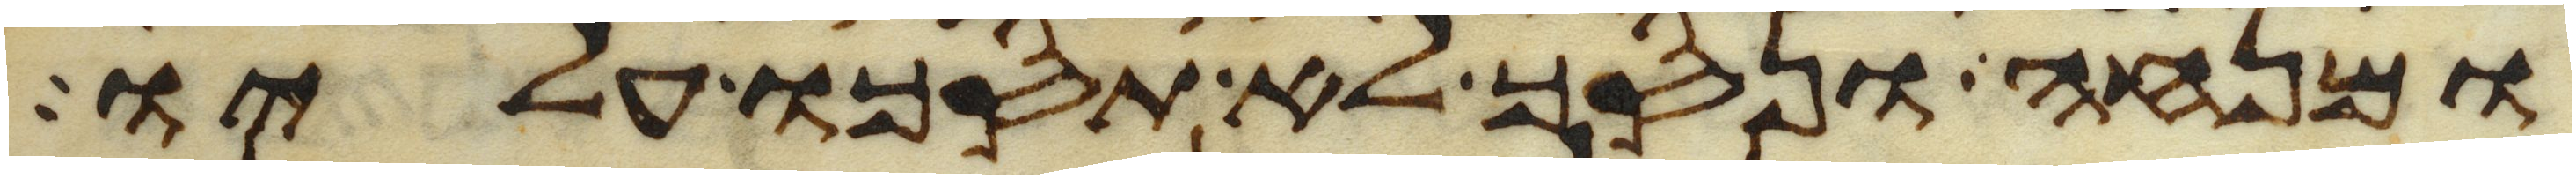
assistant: ומנחה ונסך לא תסכו עליו